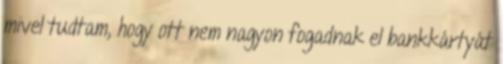
mivel tudtam, hogy ott nem nagyon fogadnak el bankkártyát